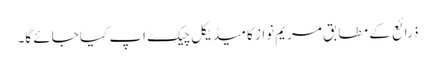
ذرائع کے مطابق مریم نواز کا میڈیکل چیک اپ کیا جائے گا۔